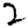
Digit: 2